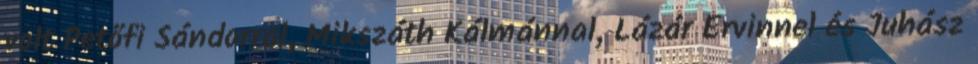
volt Petőfi Sándorral, Mikszáth Kálmánnal, Lázár Ervinnel és Juhász